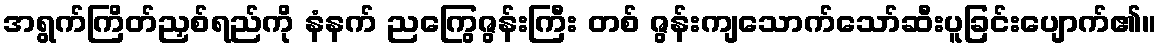
အရွက်ကြိတ်ညှစ်ရည်ကို နံနက် ညကြွေဇွန်းကြီး တစ် ဇွန်းကျသောက်သော်ဆီးပူခြင်းပျောက်၏။